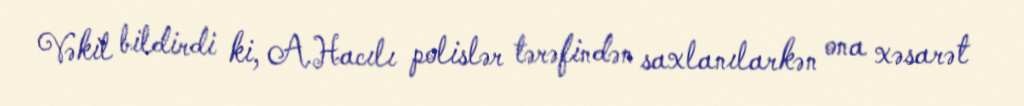
Vəkil bildirdi ki, A.Hacılı polislər tərəfindən saxlanılarkən ona xəsarət